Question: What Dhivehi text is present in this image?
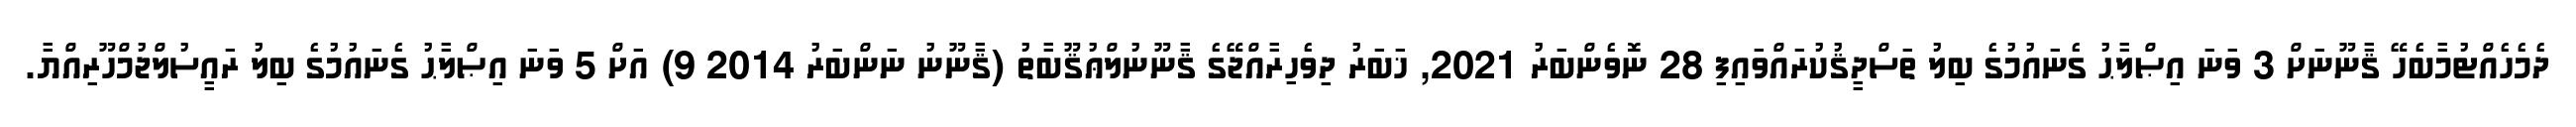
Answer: ދެމެހެއްޓުމާބެހޭ ޤާނޫނަށް 3 ވަނަ އިޞްލާޙު ގެނައުމުގެ ބިލު ތަސްދީޤުކުރައްވައިފި 28 ނޮވެންބަރު 2021, ޚަބަރު ދިވެހިރާއްޖޭގެ ޤާނޫނުލްޢުޤޫބާތު (ޤާނޫނު ނަންބަރު 2014 9) އަށް 5 ވަނަ އިޞްލާޙު ގެނައުމުގެ ބިލު ރައީސުލްޖުމްހޫރިއްޔާ.